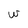
Character: w